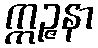
ဣဉ္ဇနာ